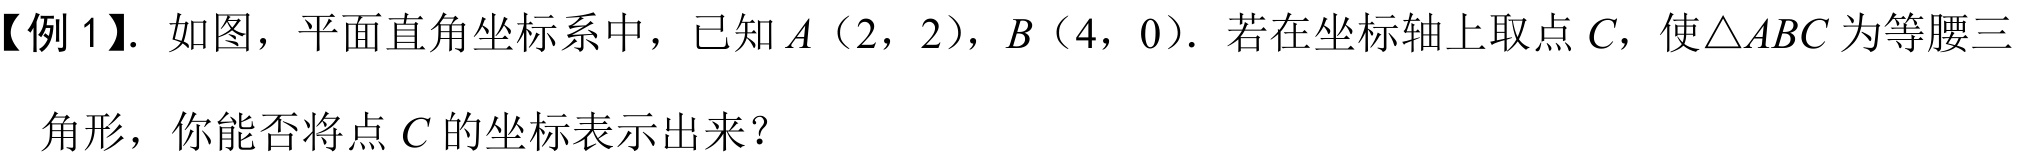
【例 1】. 如图，平面直角坐标系中，已知\(A(2,2)\)，\(B(4,0)\). 若在坐标轴上取点 \(C\)，使\(\triangle ABC\)为等腰三
角形，你能否将点 \(C\) 的坐标表示出来？